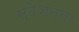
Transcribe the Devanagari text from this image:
स्ठेशनला